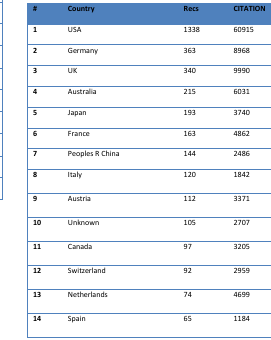
| # | Country | Recs | CITATION |
 | --- | --- | --- | --- |
 | 1 | USA | 1338 | 60915 |
 | 2 | Germany | 363 | 8968 |
 | 3 | UK | 340 | 9990 |
 | 4 | Australia | 215 | 6031 |
 | 5 | Japan | 193 | 3740 |
 | 6 | France | 163 | 4862 |
 | 7 | Peoples R China | 144 | 2486 |
 | 8 | Italy | 120 | 1842 |
 | 9 | Austria | 112 | 3371 |
 | 10 | Unknown | 105 | 2707 |
 | 11 | Canada | 97 | 3205 |
 | 12 | Switzerland | 92 | 2959 |
 | 13 | Netherlands | 74 | 4699 |
 | 14 | Spain | 65 | 1184 |